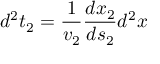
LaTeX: d ^ { 2 } t _ { 2 } = { \frac { 1 } { v _ { 2 } } } { \frac { d x _ { 2 } } { d s _ { 2 } } } d ^ { 2 } x